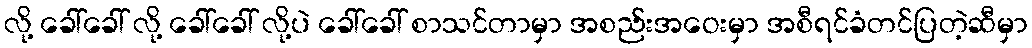
လို့ ခေါ်ခေါ် လို့ ခေါ်ခေါ် လို့ပဲ ခေါ်ခေါ် စာသင်တာမှာ အစည်းအဝေးမှာ အစီရင်ခံတင်ပြတဲ့ဆီမှာ